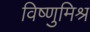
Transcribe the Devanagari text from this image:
विष्णुमिश्र